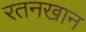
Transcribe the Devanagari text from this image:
रतनखान